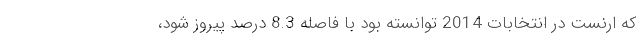
که ارنست در انتخابات 2014 توانسته بود با فاصله 8.3 درصد پیروز شود،